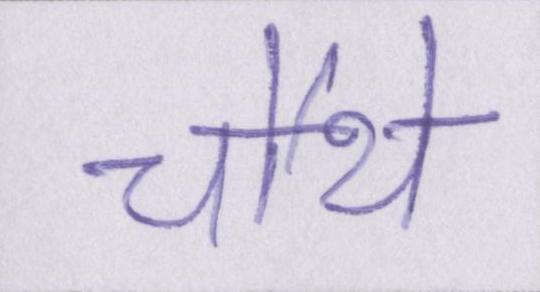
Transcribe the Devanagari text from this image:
चौथे